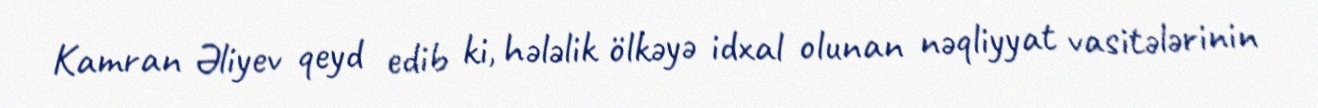
Kamran Əliyev qeyd edib ki, hələlik ölkəyə idxal olunan nəqliyyat vasitələrinin